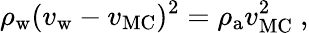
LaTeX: \rho_{\mathrm{w}}(v_{\mathrm{w}}-v_{\mathrm{MC}})^{2}=\rho_{\mathrm{a}}v_{\mathrm{MC}}^{2}\ ,